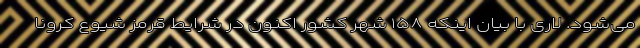
می‌شود. لاری با بیان اینکه ۱۵۸ شهر کشور اکنون در شرایط قرمز شیوع کرونا